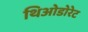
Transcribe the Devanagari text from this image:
थिओडोरेट